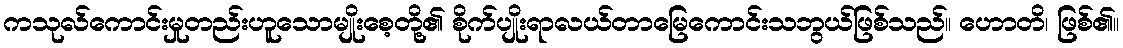
ကသုလ်ကောင်းမှုတည်းဟူသောမျိုးစေ့တို့၏ စိုက်ပျိုးရာလယ်တာမြေကောင်းသဘွယ်ဖြစ်သည်။ ဟောတိ၊ ဖြစ်၏။